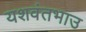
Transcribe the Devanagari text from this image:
यशवंतभाउ